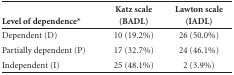
|  | Katz scale | Lawton scale |
 | Level of dependence* | (BADL) | (IADL) |
 | --- | --- | --- |
 | Dependent (D) | 10 (19.2%) | 26 (50.0%) |
 | Partially dependent (P) | 17 (32.7%) | 24 (46.1%) |
 | Independent (I) | 25 (48.1%) | 2 (3.9%) |